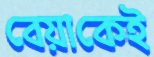
বেয়াকেই